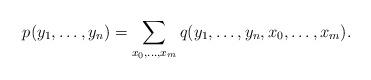
LaTeX: \begin{align*} p(y_1,\ldots,y_n) = \sum_{x_0,\ldots,x_m} q(y_1,\ldots,y_n,x_0,\ldots,x_m).\end{align*}